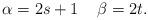
LaTeX: \begin{align*}\alpha=2s+1 \;\; \;\;\beta=2t.\end{align*}